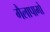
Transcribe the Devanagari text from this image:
गैलापागो